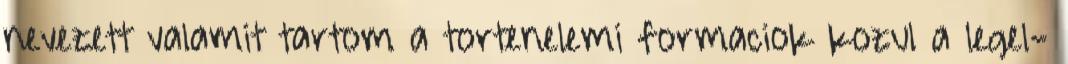
nevezett valamit tartom a tortenelemi formaciok kozul a legel-